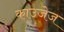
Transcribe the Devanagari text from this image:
काउजेज